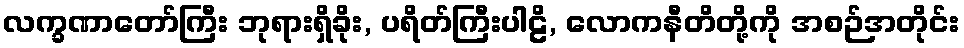
လက္ခဏာတော်ကြီး ဘုရားရှိခိုး, ပရိတ်ကြီးပါဠိ, လောကနီတိတို့ကို အစဉ်အတိုင်း